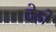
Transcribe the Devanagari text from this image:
देह्रों